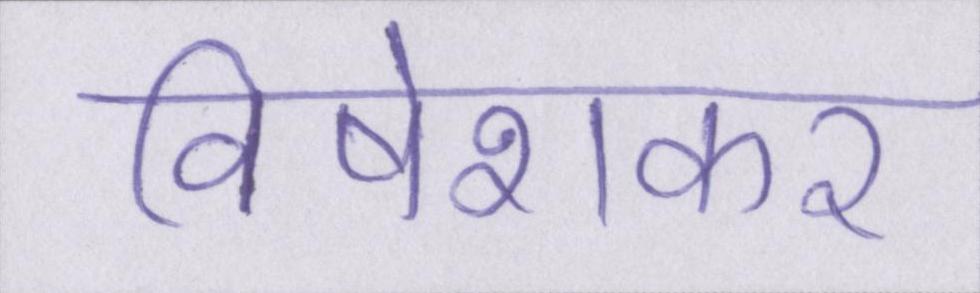
विषेशकर